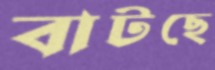
বাটছে